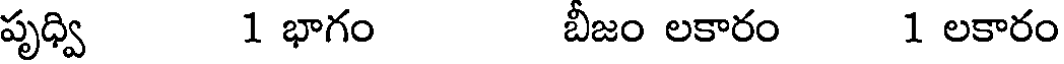
పృధ్వి 1 భాగం బీజం లకారం 1 లకారం